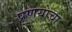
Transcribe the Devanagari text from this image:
प्रणयाचा